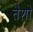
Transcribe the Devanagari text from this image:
तैशो